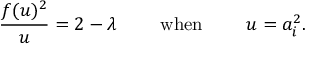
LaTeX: \frac { f ( u ) ^ { 2 } } { u } = 2 - \lambda \qquad \mathrm { ~ w h e n ~ } \qquad u = a _ { i } ^ { 2 } .